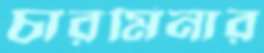
চারমিনার